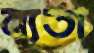
ব্যতা